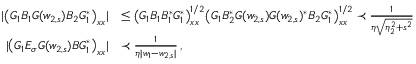
\begin{array} { r l } { | \big ( G _ { 1 } B _ { 1 } G ( w _ { 2 , s } ) B _ { 2 } G _ { 1 } ^ { * } \big ) _ { \boldsymbol { x } \boldsymbol { x } } | } & { \le \big ( G _ { 1 } B _ { 1 } B _ { 1 } ^ { * } G _ { 1 } ^ { * } \big ) _ { \boldsymbol { x } \boldsymbol { x } } ^ { 1 / 2 } \big ( G _ { 1 } B _ { 2 } ^ { * } G ( w _ { 2 , s } ) G ( w _ { 2 , s } ) ^ { * } B _ { 2 } G _ { 1 } ^ { * } \big ) _ { \boldsymbol { x } \boldsymbol { x } } ^ { 1 / 2 } \prec \frac { 1 } { \eta \sqrt { \eta _ { 2 } ^ { 2 } + s ^ { 2 } } } } \\ { | \big ( G _ { 1 } E _ { \sigma } G ( w _ { 2 , s } ) B G _ { 1 } ^ { * } \big ) _ { \boldsymbol { x } \boldsymbol { x } } | } & { \prec \frac { 1 } { \eta | w _ { 1 } - w _ { 2 , s } | } \, , } \end{array}